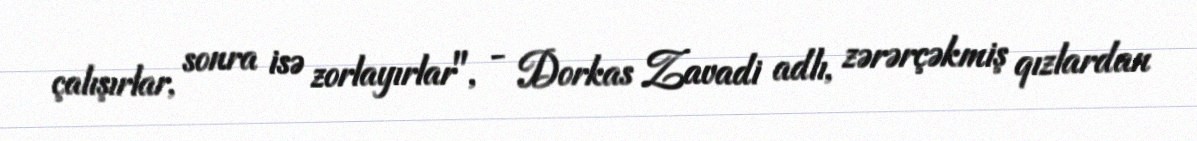
çalışırlar, sonra isə zorlayırlar", - Dorkas Zavadi adlı, zərərçəkmiş qızlardan